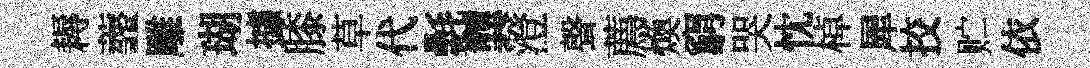
耨虀雕瑚據膝草代氎龔澄聲薦煥窮哭忱棹犀挍贮依